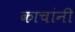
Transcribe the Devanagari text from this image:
काचांनी